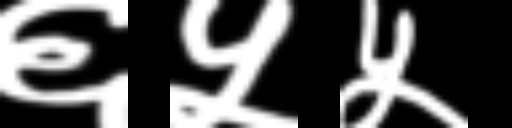
Text: ६५५